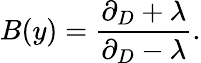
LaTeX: B(y)=\frac{\partial_{D}+\lambda}{\partial_{D}-\lambda}.